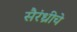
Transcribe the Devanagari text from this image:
सैरंध्रीचे